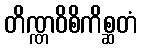
တိဏ္ဏဝိစိကိစ္ဆတံ